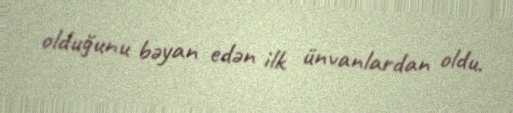
olduğunu bəyan edən ilk ünvanlardan oldu.